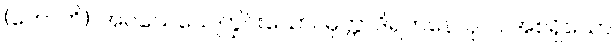
(ဟောတိ)၊ အဝသေသေကြွင်းသော။ မုတ္တာဒိရတနေ၊ ပုလဲ အစရှိသော